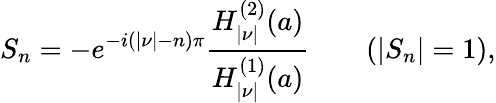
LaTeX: S_{n}=-e^{-i(|\nu|-n)\pi}{\frac{H_{|\nu|}^{(2)}(a)}{H_{|\nu|}^{(1)}(a)}}\qquad(|S_{n}|=1),